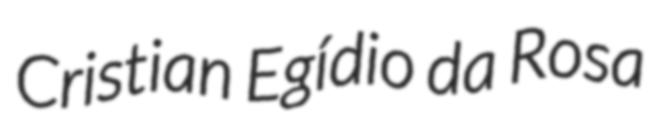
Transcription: Cristian Egídio da Rosa